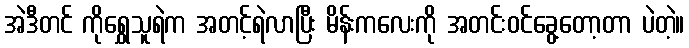
အဲဒီတင် ကိုရွှေသူရဲက အတင့်ရဲလာပြီး မိန်းကလေးကို အတင်းဝင်ခွေ့တော့တာ ပဲတဲ့။